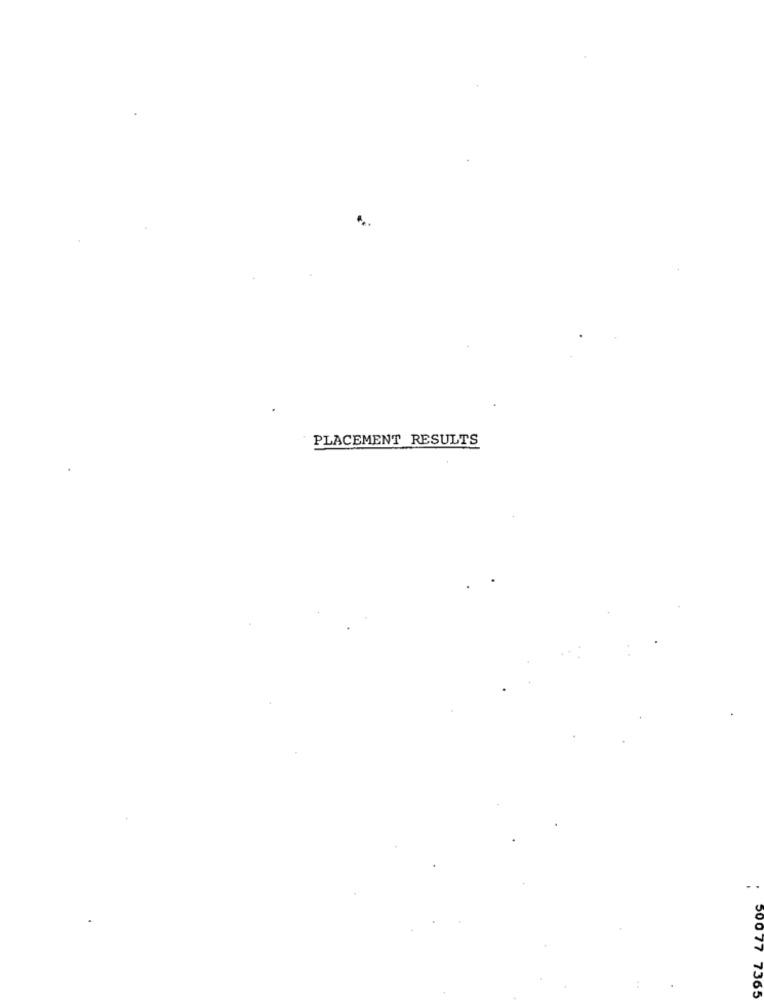
PLACEMENT RESULTS
000 77 7365